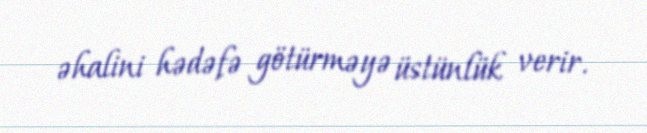
əhalini hədəfə götürməyə üstünlük verir.